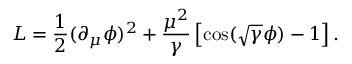
{ \cal { L } } = \frac { 1 } { 2 } ( \partial _ { \mu } \phi ) ^ { 2 } + \frac { \mu ^ { 2 } } { \gamma } \left[ \cos ( \sqrt { \gamma } \phi ) - 1 \right] .